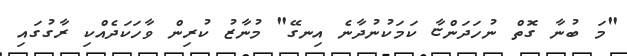
"މަ ބުނާ ގޮތް ނުހަދަންޏާ ކަމަކުނުދާނެ އިނގޭ" މުނާޒު ކުރިން ވާހަކަދެއްކި ރާގުގައި